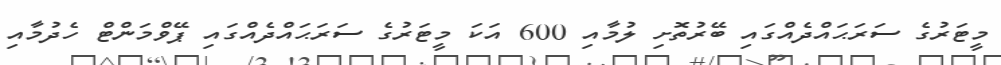
މީޓަރުގެ ސަރަޙައްދެއްގައި ބޭރުތޮށި ލުމާއި 600 އަކަ މީޓަރުގެ ސަރަޙައްދެއްގައި ޕޭވްމަންޓް ހެދުމާއި